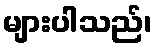
များပါသည်၊